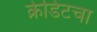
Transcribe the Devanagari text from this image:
क्रेडिटचा